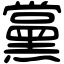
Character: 黨